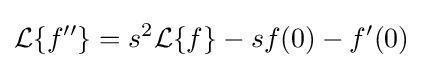
{\mathcal {L}}\{f''\}=s^{2}{\mathcal {L}}\{f\}-sf(0)-f'(0)